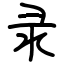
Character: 录